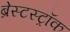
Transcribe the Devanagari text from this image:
ब्रेस्टस्ट्रॉक